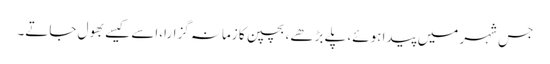
جس شہر میں پیدا ہوئے، پلے بڑھے، بچپن کا زمانہ گزارا،اسے کیسے بھول جاتے۔